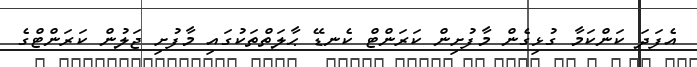
އެފަދަ ކަންކަމާ ގުޅިގެން މާފުށިން ކަރަންޓް ކެނޑޭ ޙާލަތްތަކުގައި މާފުށި ޖަލުން ކަރަންޓްގެ